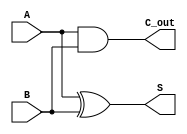
module CarryLookaheadHalfAdder (
    input wire A,        // First operand
    input wire B,        // Second operand
    output wire S,       // Sum output
    output wire C_out    // Carry-out output
);

    // Internal signals for generate and propagate
    wire G; // Generate signal
    wire P; // Propagate signal

    // Generate signal: G = A AND B
    assign G = A & B;

    // Propagate signal: P = A XOR B
    assign P = A ^ B;

    // Sum calculation: S = A XOR B
    assign S = P; // Since P = A XOR B, we can directly assign it to S

    // Carry-out calculation: C_out = G
    assign C_out = G; // For half-adder, C_out is simply G

endmodule